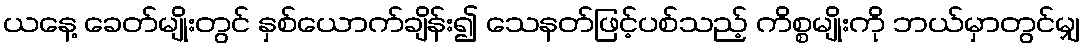
ယနေ့ ခေတ်မျိုးတွင် နှစ်ယောက်ချိန်း၍ သေနတ်ဖြင့်ပစ်သည့် ကိစ္စမျိုးကို ဘယ်မှာတွင်မျှ